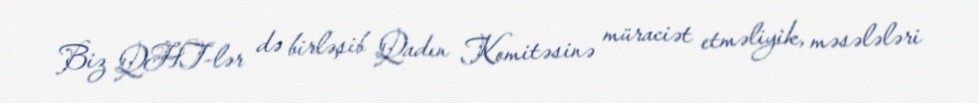
Biz QHT-lər də birləşib Qadın Komitəsinə müraciət etməliyik, məsələləri